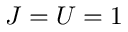
J = U = 1